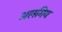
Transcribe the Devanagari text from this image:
अलगिय